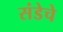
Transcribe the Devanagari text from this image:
संडेचे